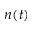
n ( t )